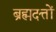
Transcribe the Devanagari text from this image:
ब्रह्मदत्तों